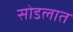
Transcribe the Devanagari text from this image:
सोडलात